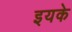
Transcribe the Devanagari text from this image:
इयके